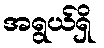
အရွယ်ရှိ